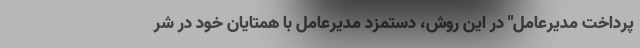
پرداخت مدیرعامل" در این روش، دستمزد مدیرعامل با همتایان خود در شر